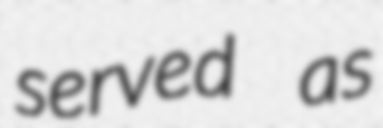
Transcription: served as